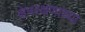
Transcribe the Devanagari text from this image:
क्षेत्ररक्षणाच्या